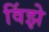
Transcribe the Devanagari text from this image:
विंझे